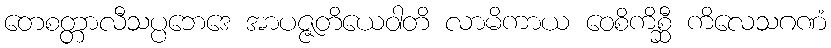
တေစတ္တာလီသပ္ပဘေဒေ အာပဇ္ဇတိယေဝါတိ လာမိကာယ ဝေစိကိစ္ဆီ ကိလေသဂဏံ